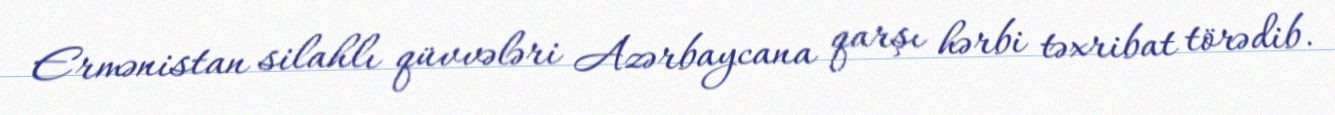
Ermənistan silahlı qüvvələri Azərbaycana qarşı hərbi təxribat törədib.